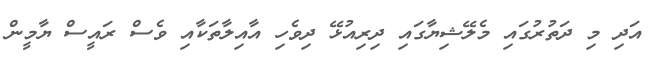
އަދި މި ދަތުރުގައި މެލޭޝިޔާގައި ދިރިއުޅޭ ދިވެހި އާއިލާތަކާއި ވެސް ރައީސް ޔާމީން